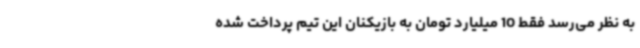
به نظر می‌رسد فقط 10 میلیارد تومان به بازیکنان این تیم پرداخت شده